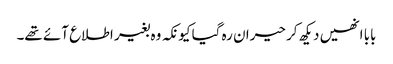
بابا انھیں دیکھ کر حیران رہ گیا کیونکہ وہ بغیر اطلاع آئے تھے۔